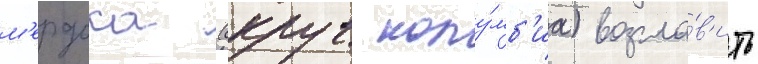
м'ердока (округ колу́мб'иа) возгла́в'ить